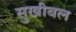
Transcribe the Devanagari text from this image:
सुखीबल